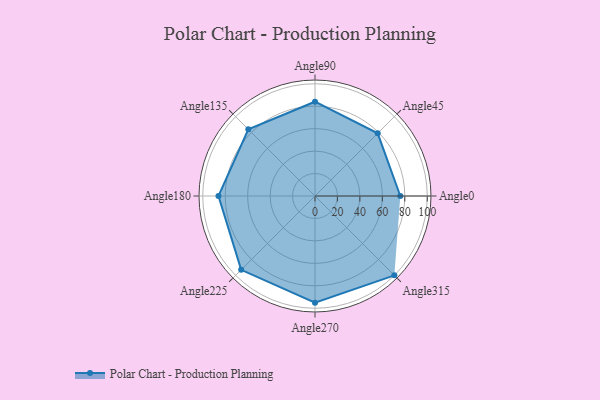
{"axis": {"x": "Angle", "y": "Radius"}, "legend": [""], "data": [{"x": "Angle0", "y": 76.0, "type": ""}, {"x": "Angle45", "y": 79.0, "type": ""}, {"x": "Angle90", "y": 84.0, "type": ""}, {"x": "Angle135", "y": 84.0, "type": ""}, {"x": "Angle180", "y": 86.0, "type": ""}, {"x": "Angle225", "y": 93.0, "type": ""}, {"x": "Angle270", "y": 95.0, "type": ""}, {"x": "Angle315", "y": 100.0, "type": ""}]}